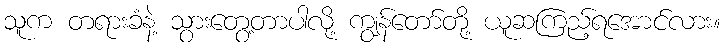
သူက တရားခံနဲ့ သွားတွေ့တာပါလို့ ကျွန်တော်တို့ ယူဆကြည့်ရအောင်လား။